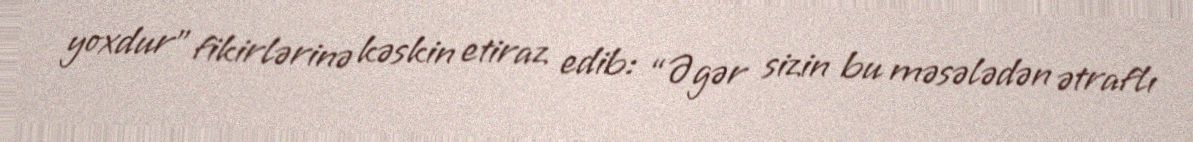
yoxdur” fikirlərinə kəskin etiraz edib: “Əgər sizin bu məsələdən ətraflı